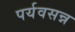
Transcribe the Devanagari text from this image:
पर्यवसन्न